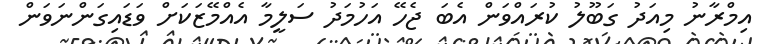
އިމްރާނު މިއަދު ގަބޫލު ކުރައްވަން އެބަ ޖެހޭ އަހުމަދު ސަލީމާ އެއްމޭޒަކަށް ވަޑައިގަންނަވަން